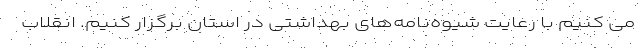
می کنیم با رعایت شیوه‌نامه‌های بهداشتی در استان برگزار کنیم. انقلاب